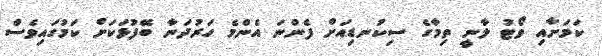
ކަމަށާއި ވޯޓު ލާނީ ތިމާގެ ސިކުނޑިއަށް ފެންނަ އެންމެ ހަރުދަނާ ބޭފުޅަކަށް ކަމުގައިވެސް